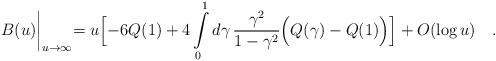
LaTeX: \begin{align*}B(u)\biggl |_{u\to\infty}=u\Bigl[-6Q(1)+4\int\limits_0^1d\gamma\,\frac{\gamma^2}{1-\gamma^2}\Bigl(Q(\gamma)-Q(1)\Bigr)\Bigr]+O(\log u)\quad .\end{align*}